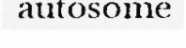
autosome